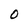
Character: O